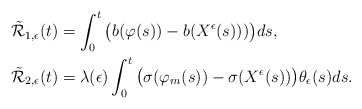
\begin{align*}&\mathcal{\tilde{R}}_{1,\epsilon}(t)=\int^{t}_{0}\big(b(\varphi(s))-b(X^{\epsilon}(s)))\big)ds,\\&\mathcal{\tilde{R}}_{2,\epsilon}(t)=\lambda(\epsilon)\int^{t}_{0}\big(\sigma(\varphi_{m}(s))-\sigma(X^{\epsilon}(s))\big)\theta_{\epsilon}(s)ds.\end{align*}